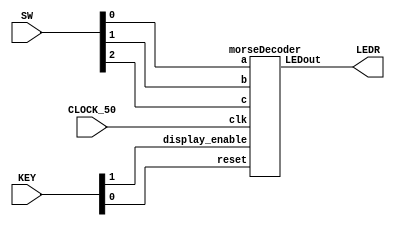
module ccp3(SW, KEY, CLOCK_50, LEDR);
input [2:0] SW;
input [1:0] KEY;
input CLOCK_50;
output [0:0] LEDR;

morseDecoder call(.clk(CLOCK_50), .a(SW[0]), .b(SW[1]), .c(SW[2]), .display_enable(KEY[1]), .reset(KEY[0]), .LEDout(LEDR[0]));
endmodule

module morseDecoder(clk,a,b,c, display_enable, reset, LEDout);
input clk, a,b,c, display_enable, reset;
output LEDout;  
wire enable_connect;
wire [10:0] morse_connect;

rateDiv u0(clk, enable_connect);//create rateDiv enable signal
mux3to1 u1(a,b,c, morse_connect);//create morse output to the LFSR
myLFSR u2(morse_connect, reset, enable_connect, display_enable, LEDout);//connect modules together
endmodule

module rateDiv(clk, enable);
input clk;
output enable;
reg[25:0]count;
always@(posedge clk)
begin
if(enable)
count <= 26'd0;
else
count <= count + 1'b1;
end

assign enable = (count == 26'd25000000)?1'b1:1'b0;
endmodule

module mux3to1(a,b,c,Out);
input a,b,c;
output [10:0] Out;
reg [10:0] Out;
wire [2:0] select;
assign select = {c,b,a};

always@(select)
case(select[2:0])
3'b000:
Out = 11'b10111000000;
3'b001:
Out = 11'b11101010100;
3'b010:
Out = 11'b11101011101;
3'b011:
Out = 11'b11101010000;
3'b100:
Out = 11'b10000000000;
3'b101:
Out = 11'b10101110100;
3'b110:
Out = 11'b11101110100;
3'b111:
Out = 11'b10101010000;
endcase
endmodule

module myLFSR(morse, reset, enable, display_enable, Out);
input [10:0] morse;
input reset;
input enable;
input display_enable;
output Out;

reg[10:0]morseCode;
always@(posedge enable)
if(!reset)
morseCode <= 0;
else if(display_enable)
morseCode <= morse;
else if(!display_enable)
morseCode <= morseCode << 1;

assign Out = morseCode[10];
endmodule